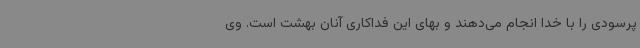
پرسودی را با خدا انجام می‌دهند و بهای این فداکاری آنان بهشت است. وی